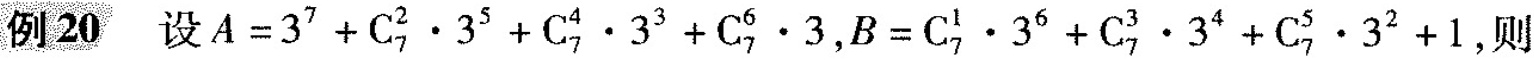
例20 设$$A=3^{7}+C_{7}^{2} \cdot 3^{5}+C_{7}^{4} \cdot 3^{3}+C_{7}^{6} \cdot 3$$,$$B=C_{7}^{1} \cdot 3^{6}+C_{7}^{3} \cdot 3^{4}+C_{7}^{5} \cdot 3^{2}+1$$则